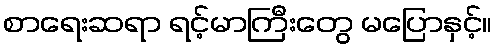
စာရေးဆရာ ရင့်မာကြီးတွေ မပြောနှင့်။